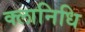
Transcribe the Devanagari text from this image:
क्लानिधि